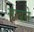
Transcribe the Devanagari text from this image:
साबने